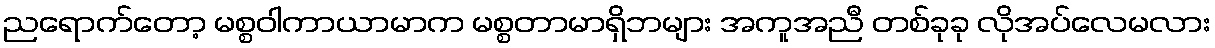
ညရောက်တော့ မစ္စဝါကာယာမာက မစ္စတာမာရှိဘများ အကူအညီ တစ်ခုခု လိုအပ်လေမလား